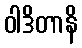
ဝါဒိတာနိ